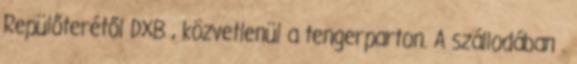
Repülőterétől DXB , közvetlenül a tengerparton. A szállodában .